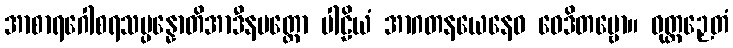
အာစာရဂေါစရသမ္ပန္နောတိအာဒီနမတ္ထော ပါဠိယံ အာဂတနယေနေဝ ဝေဒိတဗ္ဗော။ ဝုတ္တဉှေတံ